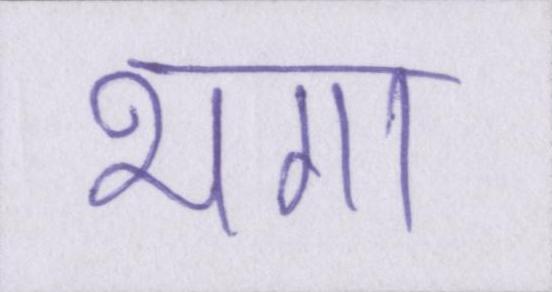
भगा